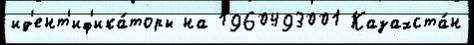
ид'ент'иф'ика́торы на 1960493001 Казахста́н